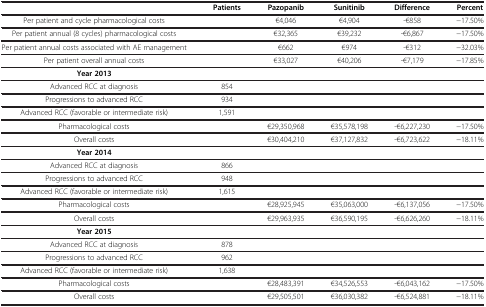
|  | Patients | Pazopanib | Sunitinib | Difference | Percent |
 | --- | --- | --- | --- | --- | --- |
 | Per patient and cycle pharmacological costs |  | €4,046 | €4,904 | -€858 | -17.50% |
 | Per patient annual (8 cycles) pharmacological costs |  | €32,365 | €39,232 | -€6,867 | -17.50% |
 | Per patient annual costs associated with AE management |  | €662 | €974 | -€312 | -32.03% |
 | Per patient overall annual costs |  | €33,027 | €40,206 | -€7,179 | -17.85% |
 | Year 2013 |  |  |  |  |  |
 | Advanced RCC at diagnosis | 854 |  |  |  |  |
 | Progressions to advanced RCC | 934 |  |  |  |  |
 | Advanced RCC (favorable or intermediate risk) | 1,591 |  |  |  |  |
 | Pharmacological costs |  | €29,350,968 | €35,578,198 | -€6,227,230 | -17.50% |
 | Overall costs |  | €30,404,210 | €37,127,832 | -€6,723,622 | -18.11% |
 | Year 2014 |  |  |  |  |  |
 | Advanced RCC at diagnosis | 866 |  |  |  |  |
 | Progressions to advanced RCC | 948 |  |  |  |  |
 | Advanced RCC (favorable or intermediate risk) | 1,615 |  |  |  |  |
 | Pharmacological costs |  | €28,925,945 | €35,063,000 | -€6,137,056 | -17.50% |
 | Overall costs |  | €29,963,935 | €36,590,195 | -€6,626,260 | -18.11% |
 | Year 2015 |  |  |  |  |  |
 | Advanced RCC at diagnosis | 878 |  |  |  |  |
 | Progressions to advanced RCC | 962 |  |  |  |  |
 | Advanced RCC (favorable or intermediate risk) | 1,638 |  |  |  |  |
 | Pharmacological costs |  | €28,483,391 | €34,526,553 | -€6,043,162 | -17.50% |
 | Overall costs |  | €29,505,501 | €36,030,382 | -€6,524,881 | -18.11% |